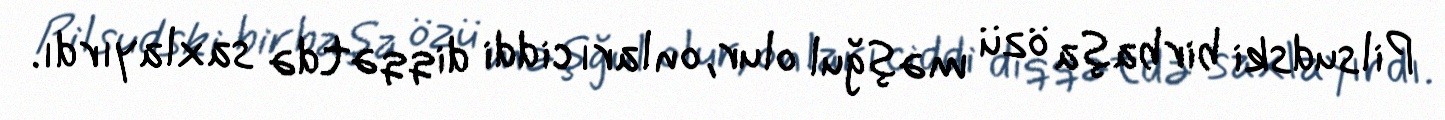
Pilsudski birbaşa özü məşğul olur, onları ciddi diqqətdə saxlayırdı.